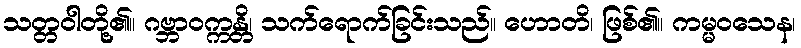
သတ္တဝါတို့၏။ ဂဗ္ဘာဝက္ကန္တိ၊ သက်ရောက်ခြင်းသည်။ ဟောတိ၊ ဖြစ်၏။ ကမ္မဝသေန၊